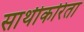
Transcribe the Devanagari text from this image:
साथीकरिता